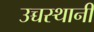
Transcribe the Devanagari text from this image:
उच्चस्थानी